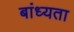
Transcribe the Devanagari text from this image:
बांध्यता